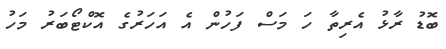
ބޮޑު ރާޅު އެރިތާ ހަ މަސް ފަހުން އެ އަހަރުގެ އޮކްޓޯބަރު މަހު